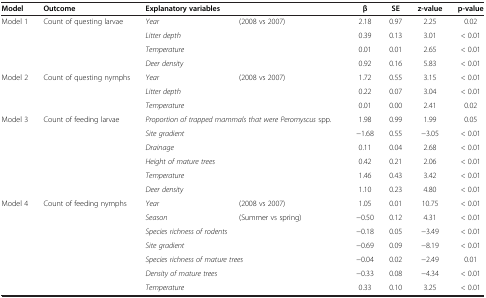
| Model | Outcome | <COLSPAN=2> Explanatory variables | β | SE | z-value | p-value |
 | --- | --- | --- | --- | --- | --- | --- | --- |
 | <ROWSPAN=4> Model 1 | <ROWSPAN=4> Count of questing larvae | Year | (2008 vs 2007) | 2.18 | 0.97 | 2.25 | 0.02 |
 | Litter depth |  | 0.39 | 0.13 | 3.01 | < 0.01 |
 | Temperature |  | 0.01 | 0.01 | 2.65 | < 0.01 |
 | Deer density |  | 0.92 | 0.16 | 5.83 | < 0.01 |
 | <ROWSPAN=3> Model 2 | <ROWSPAN=3> Count of questing nymphs | Year | (2008 vs 2007) | 1.72 | 0.55 | 3.15 | < 0.01 |
 | Litter depth |  | 0.22 | 0.07 | 3.04 | < 0.01 |
 | Temperature |  | 0.01 | 0.00 | 2.41 | 0.02 |
 | <ROWSPAN=6> Model 3 | <ROWSPAN=6> Count of feeding larvae | <COLSPAN=2> Proportion of trapped mammals that were Peromyscus spp. | 1.98 | 0.99 | 1.99 | 0.05 |
 | Site gradient |  | −1.68 | 0.55 | −3.05 | < 0.01 |
 | Drainage |  | 0.11 | 0.04 | 2.68 | < 0.01 |
 | <COLSPAN=2> Height of mature trees | 0.42 | 0.21 | 2.06 | < 0.01 |
 | Temperature |  | 1.46 | 0.43 | 3.42 | < 0.01 |
 | Deer density |  | 1.10 | 0.23 | 4.80 | < 0.01 |
 | <ROWSPAN=7> Model 4 | <ROWSPAN=7> Count of feeding nymphs | Year | (2008 vs 2007) | 1.05 | 0.01 | 10.75 | < 0.01 |
 | Season | (Summer vs spring) | −0.50 | 0.12 | 4.31 | < 0.01 |
 | <COLSPAN=2> Species richness of rodents | −0.18 | 0.05 | −3.49 | < 0.01 |
 | Site gradient |  | −0.69 | 0.09 | −8.19 | < 0.01 |
 | <COLSPAN=2> Species richness of mature trees | −0.04 | 0.02 | −2.49 | 0.01 |
 | <COLSPAN=2> Density of mature trees | −0.33 | 0.08 | −4.34 | < 0.01 |
 | Temperature |  | 0.33 | 0.10 | 3.25 | < 0.01 |